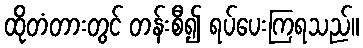
ထိုတံတားတွင် တန်းစီ၍ ရပ်ပေးကြရသည်။